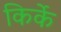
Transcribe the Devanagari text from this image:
किर्के